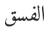
الفسق